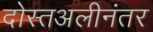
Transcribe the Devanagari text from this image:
दोस्तअलीनंतर